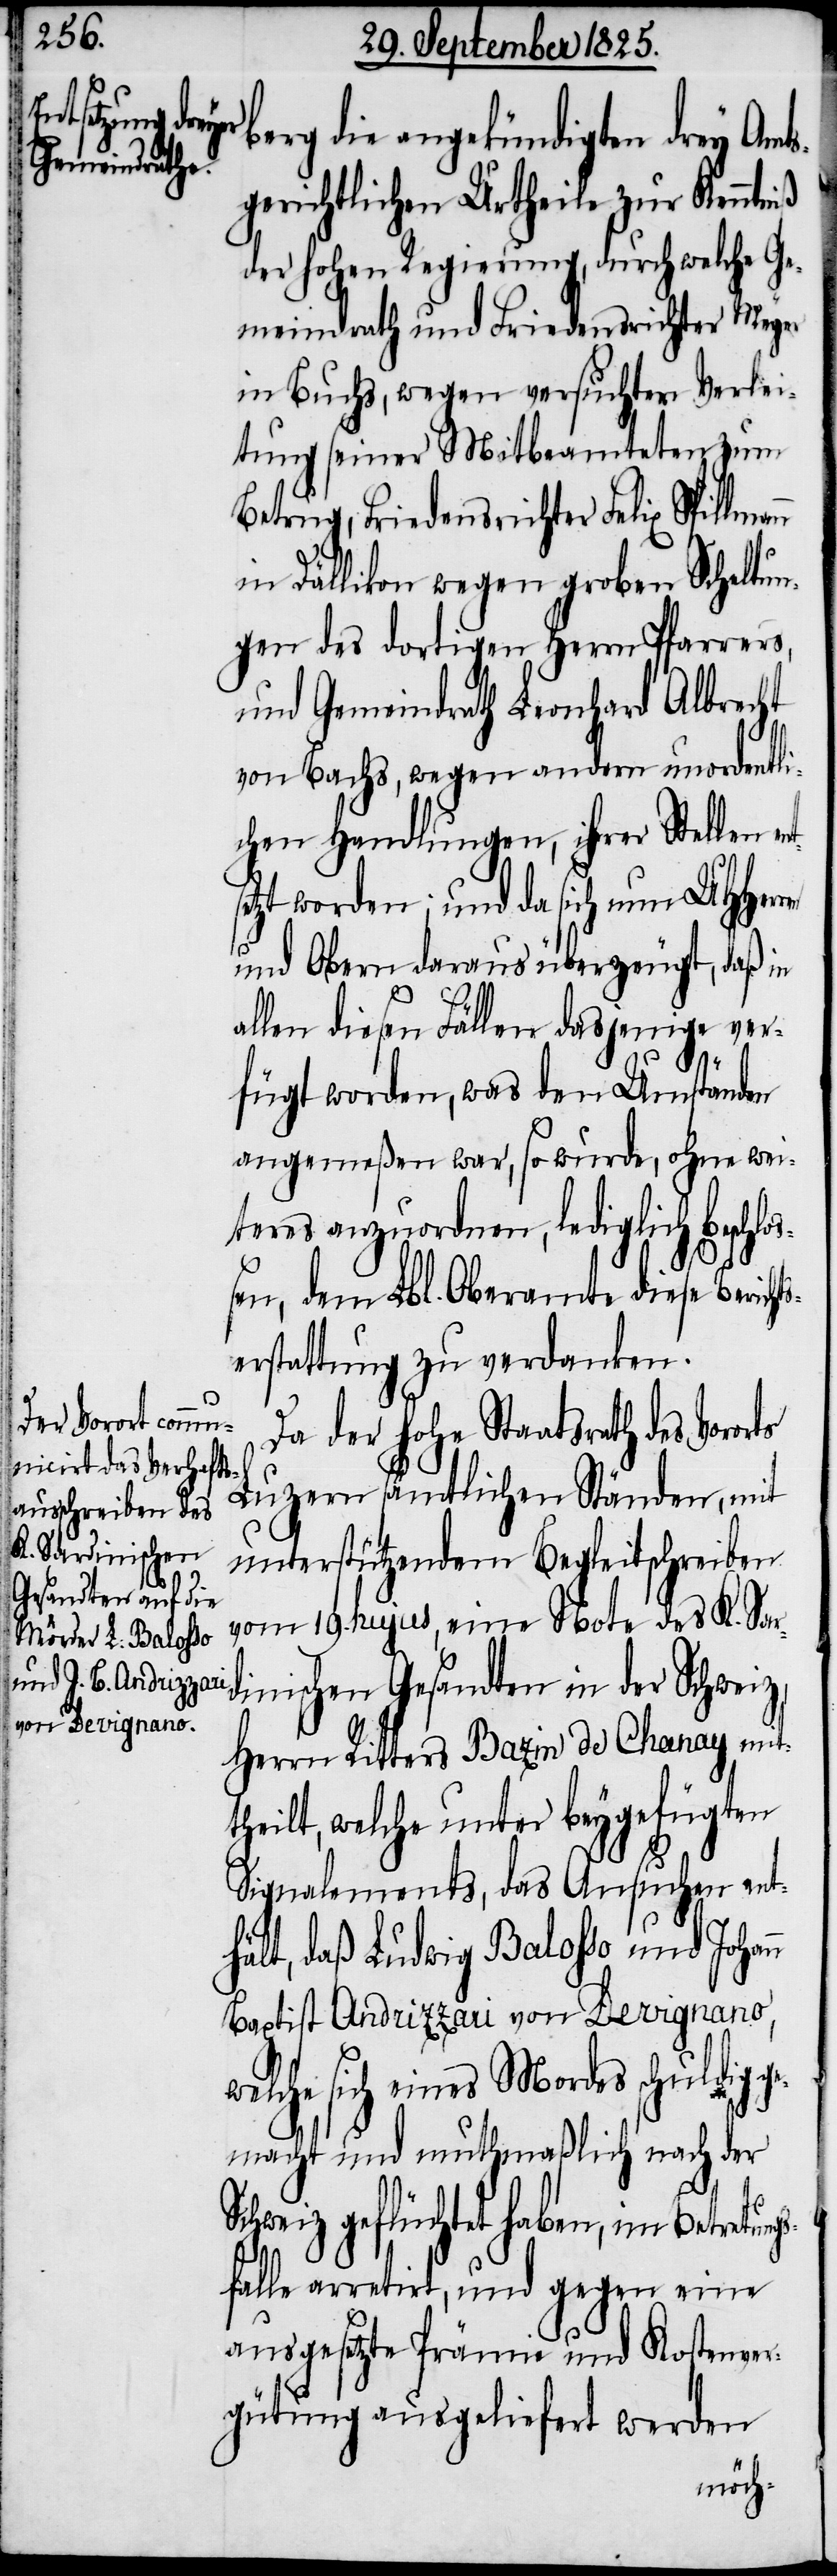
berg die angekündigten drey amts¬
gerichtlichen Urtheile zur Kenntn¬
der hohen Regierung, durch welche Ge¬
meindrath und Friedensrichter Meyer
in Buchs, wegen versuchter Verlei¬
tung seiner Mitbeamteten zum
Betrug, Friedensrichter Felix Spillma¬
in Dällikon wegen groben Schaltun¬
gen des dortigen Herrn Pfarrers,
und Gemeindrath Leonhard Albrecht
von Bachs, wegen andern unordentli¬
chen Handlungen, ihrer Stellen e¬
etzt worden, und da sich nun UHHerren
und Obern daraus überzeugt, daß in
allen diesen Fällen dasjenige ver¬
fügt worden, was dem Umständen
angemeßen war, so wurde, ohne wei¬
teres anzuordnen, lediglich beschl¬
ßen, dem Lbl. Oberamte diese Bericht¬
erstattung zu verdanken.
Da der hohe Staatsrath des Voror¬
Luzern sämtlichen Ständen, mit
unterstützendem Begleitschreiben
vom 19. hujus, eine Note des K.
Sardinischen Gesandten in der Schweiz,
Herrn Ritters Bazin de Chanay mit¬
theilt, welche unter beygefügten
Signalements, das Ansuchen ent¬
hält, daß Ludwig Balosso und Johan¬
Baptist Andrizzari von Devignano,
welche sich eines Mordes schuldig ge¬
macht und muthmaßlich nach der
n
Schweiz geflüchtet haben, im Betretung¬
sfalle arretirt, und gegen eine
ausgesetzte Prämie und Kostenver¬
gütung ausgeliefert werden
nts¬